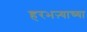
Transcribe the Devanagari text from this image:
हरभऱ्याच्या